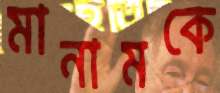
মানামকে